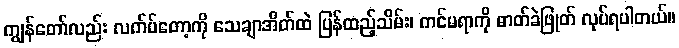
ကျွန်တော်လည်း လက်ပ်တော့ကို သေချာအိတ်ထဲ ပြန်ထည့်သိမ်း၊ ကင်မရာကို ဓာတ်ခဲဖြုတ် လုပ်ရပါတယ်။